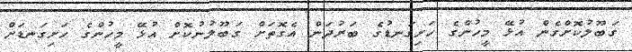
ގަބޫލުކޮށްގެން އުޅޭ މީހުންގެ ހަށިގަނޑުގެ ބަރުދަން އެގޮތަށް ގަބޫލުނުކޮށް އުޅޭ މީހުންގެ ހަށިގަނޑަށް